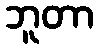
ဘူတာ